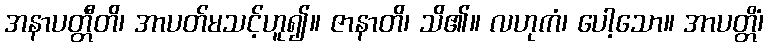
အနာပတ္တီတိ၊ အာပတ်မသင့်ဟူ၍။ ဇာနာတိ၊ သိ၏။ လဟုကံ၊ ပေါ့သော။ အာပတ္တိံ၊